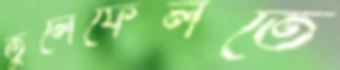
তুলেফেলতে